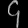
Digit: ၄